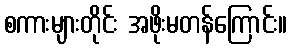
စကားများတိုင်း အဖိုးမတန်ကြောင်း။